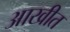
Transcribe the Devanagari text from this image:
आखीत